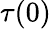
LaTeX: \tau(0)